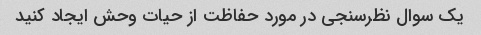
یک سوال نظرسنجی در مورد حفاظت از حیات وحش ایجاد کنید